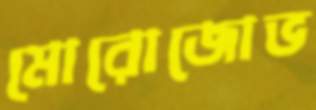
মোরোজোভ